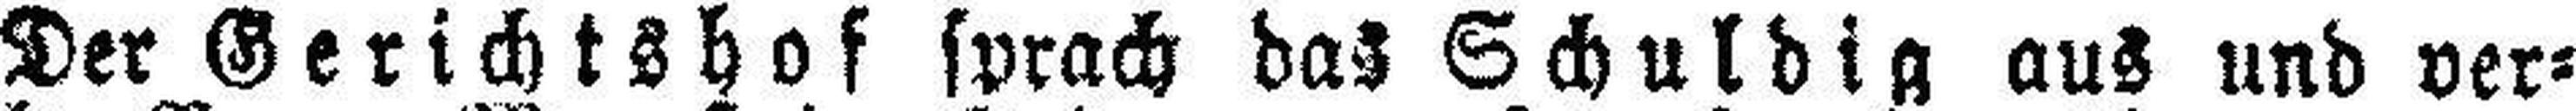
Der Gerichtshof sprach das Schuldig aus und ver¬